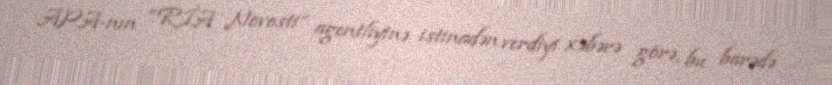
APA-nın “RİA Novosti” agentliyinə istinadən verdiyi xəbərə görə, bu barədə